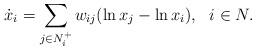
LaTeX: \begin{align*} \dot{x}_i=\sum_{j\in N_i^+}w_{ij}(\ln x_j-\ln x_i), \ \ i \in N. \end{align*}